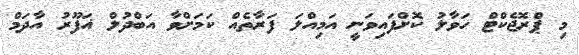
މި ޕްރޮޖެކްޓް ހަވާލު ކޮށްފައިވަނީ އަމިއްލަ ފަރާތެއް ކަމަށްވާ އަބްދުލް ޣަފޫރު އާދަމް